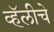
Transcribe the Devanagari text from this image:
व्हॅलीचे